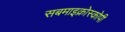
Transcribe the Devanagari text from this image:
सबमाइक्रोस्कोपी